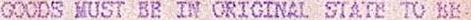
GOODS MUST BE IN ORIGINAL STATE TO BE